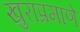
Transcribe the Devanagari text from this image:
खुराप्रमाणे